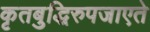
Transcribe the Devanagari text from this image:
कृतबुद्धिरुपजाएते